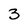
Character: 3